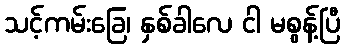
သင့်ကမ်းခြေ၊ နှစ်ခါလေ ငါ မစွန့်ပြီ